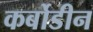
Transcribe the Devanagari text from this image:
कर्बोडीन